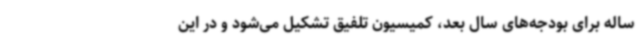
ساله برای بودجه‌های سال بعد، کمیسیون تلفیق تشکیل می‌شود و در این